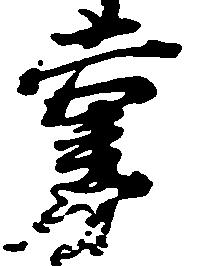
掌